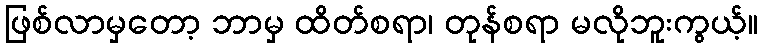
ဖြစ်လာမှတော့ ဘာမှ ထိတ်စရာ၊ တုန်စရာ မလိုဘူးကွယ့်။